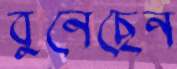
বুনেছেন